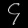
Digit: ၄